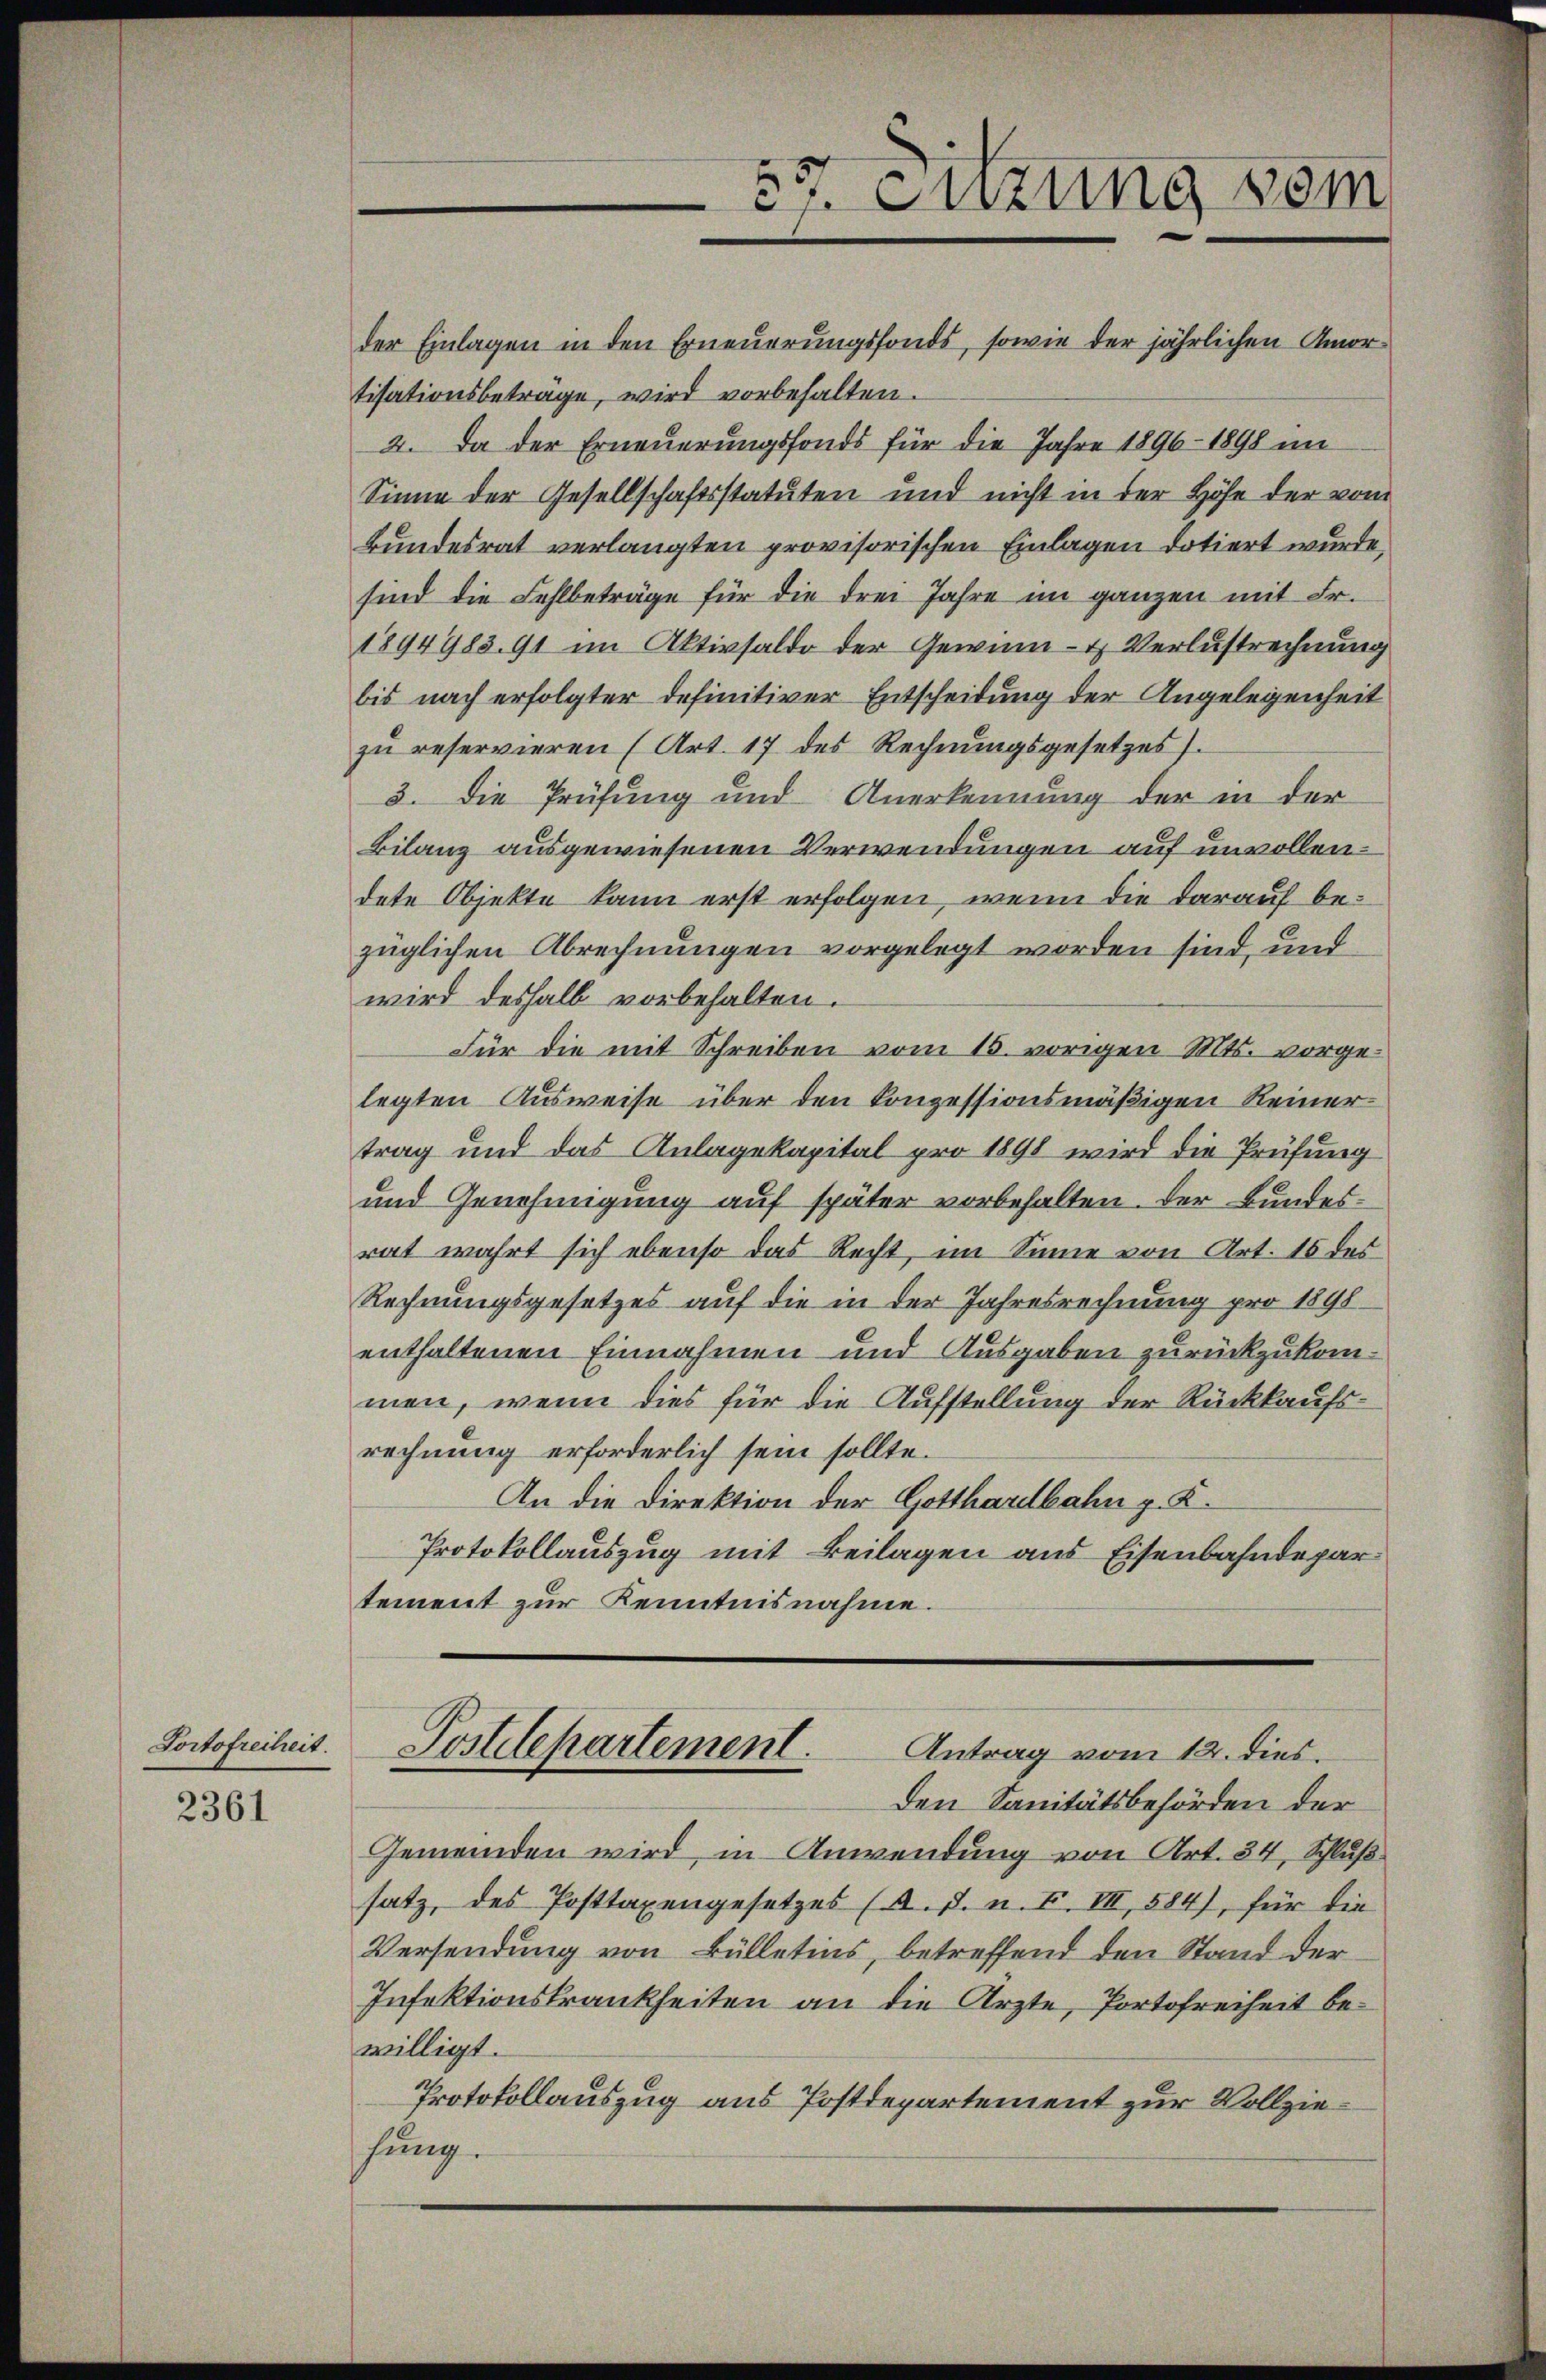
Portofreiheit.

2361

der Einlagen in den Erneuerungsfonds, sowie der jährlichen Amor-
tisationsbeträge, wird vorbehalten.
2. Da der Erneuerungsfonds für die Jahre 1896 - 1898 im
Sinne der Gesellschaftsstatuten und nicht in der Höhe der vom
Bundesrat verlangten provisorischen Einlagen dotiert wurde,
sind die Fehlbeträge für die drei Jahre im ganzen mit Fr.
1894983. 91 im Aktivsaldo der Gewinn- & Verlustrechnung
bis nach erfolgter definitiver Entscheidung der Angelegenheit
zu reservieren (Art. 17 des Rechnungsgesetzes).
3. Die Prüfung und Anerkennung der in der
Bilanz ausgewiesenen Verwendungen auf unvollendete Objekte kann erst erfolgen, wenn die darauf bezüglichen Abrechnungen vorgelegt worden sind, und
wird deshalb vorbehalten.
Für die mit Schreiben vom 15. vorigen Mts. vorgelegten Ausweise über den konzessionsmäßigen Reiner
trag und das Anlagekapital pro 1898 wird die Prüfung
und Genehmigung auf später vorbehalten. Der Bundesrat wahrt sich ebenso das Recht, im Sinne von Art. 15 des
Rechnungsgesetzes auf die in der Jahresrechnung pro 1898
enthaltenen Einnahmen und Ausgaben zurückzukommen, wenn dies für die Aufstellung der Rückkaufsrechnung erforderlich sein sollte.
An die Direktion der Gotthardbahn g. K.
Protokollauszug mit Beilagen aus Eisenbahndepartement zur Kenntnisnahme.

37. Sitzung vom

Postdepartement.
Antrag vom 12. dies.

Den Sanitätsbehörden der
Gemeinden wird, in Anwendung von Art. 34, Schluß
satz, des Posttaxengesetzes (A. J. n. F. VII, 584), für die
Versendung von Bülletins, betreffend den Stand der
Infektionskrankheiten an die Ärzte, Portofreiheit bewilligt.
Protokollauszug aus Postdepartement zur Vollziehung.